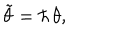
{ \tilde { \theta } } = \hbar \, \theta ,